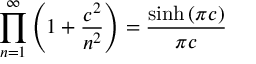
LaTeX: \prod _ { n = 1 } ^ { \infty } \left( 1 + \frac { c ^ { 2 } } { n ^ { 2 } } \right) = \frac { \sinh \left( \pi c \right) } { \pi c }